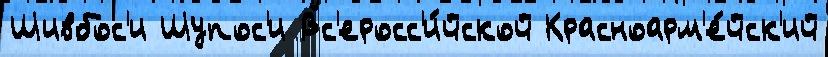
Шивбос'и Шупос'и Вс'еросс'и́йской Красноарм'е́йск'ий